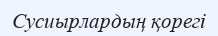
Сусиырлардың қорегі